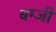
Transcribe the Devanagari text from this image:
बग्जी